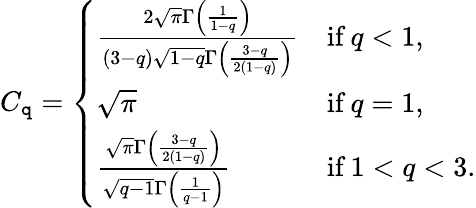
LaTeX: C_{\mathtt{q}}=\left\{ \begin{array}{ll}{\frac{2\sqrt{\pi}\Gamma\left(\frac{1}{1-q}\right)}{\left(3-q\right)\sqrt{1-q}\Gamma\left(\frac{3-q}{2\left(1-q\right)}\right)}}&{\textrm{if}\ q<1,}\\ {\sqrt{\pi}}&{\textrm{if}\ q=1,}\\ {\frac{\sqrt{\pi}\Gamma\left(\frac{3-q}{2\left(1-q\right)}\right)}{\sqrt{q-1}\Gamma\left(\frac{1}{q-1}\right)}}&{\textrm{if}\ 1<q<3.}\end{array}\right.